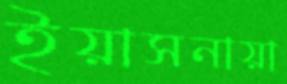
ইয়াসনায়া